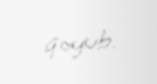
qoyub.